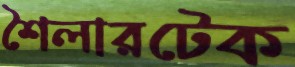
শৈলারটেক